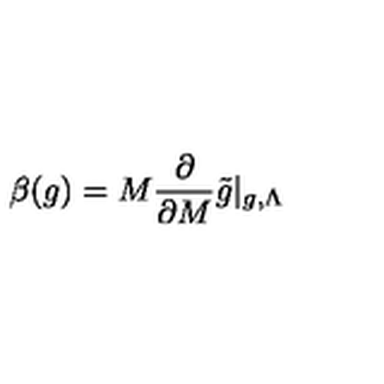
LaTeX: \beta ( g ) = M \frac { \partial } { \partial M } \tilde { g } | _ { g , \Lambda }